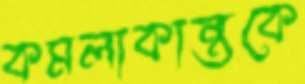
কমলাকান্তকে